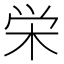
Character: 栄